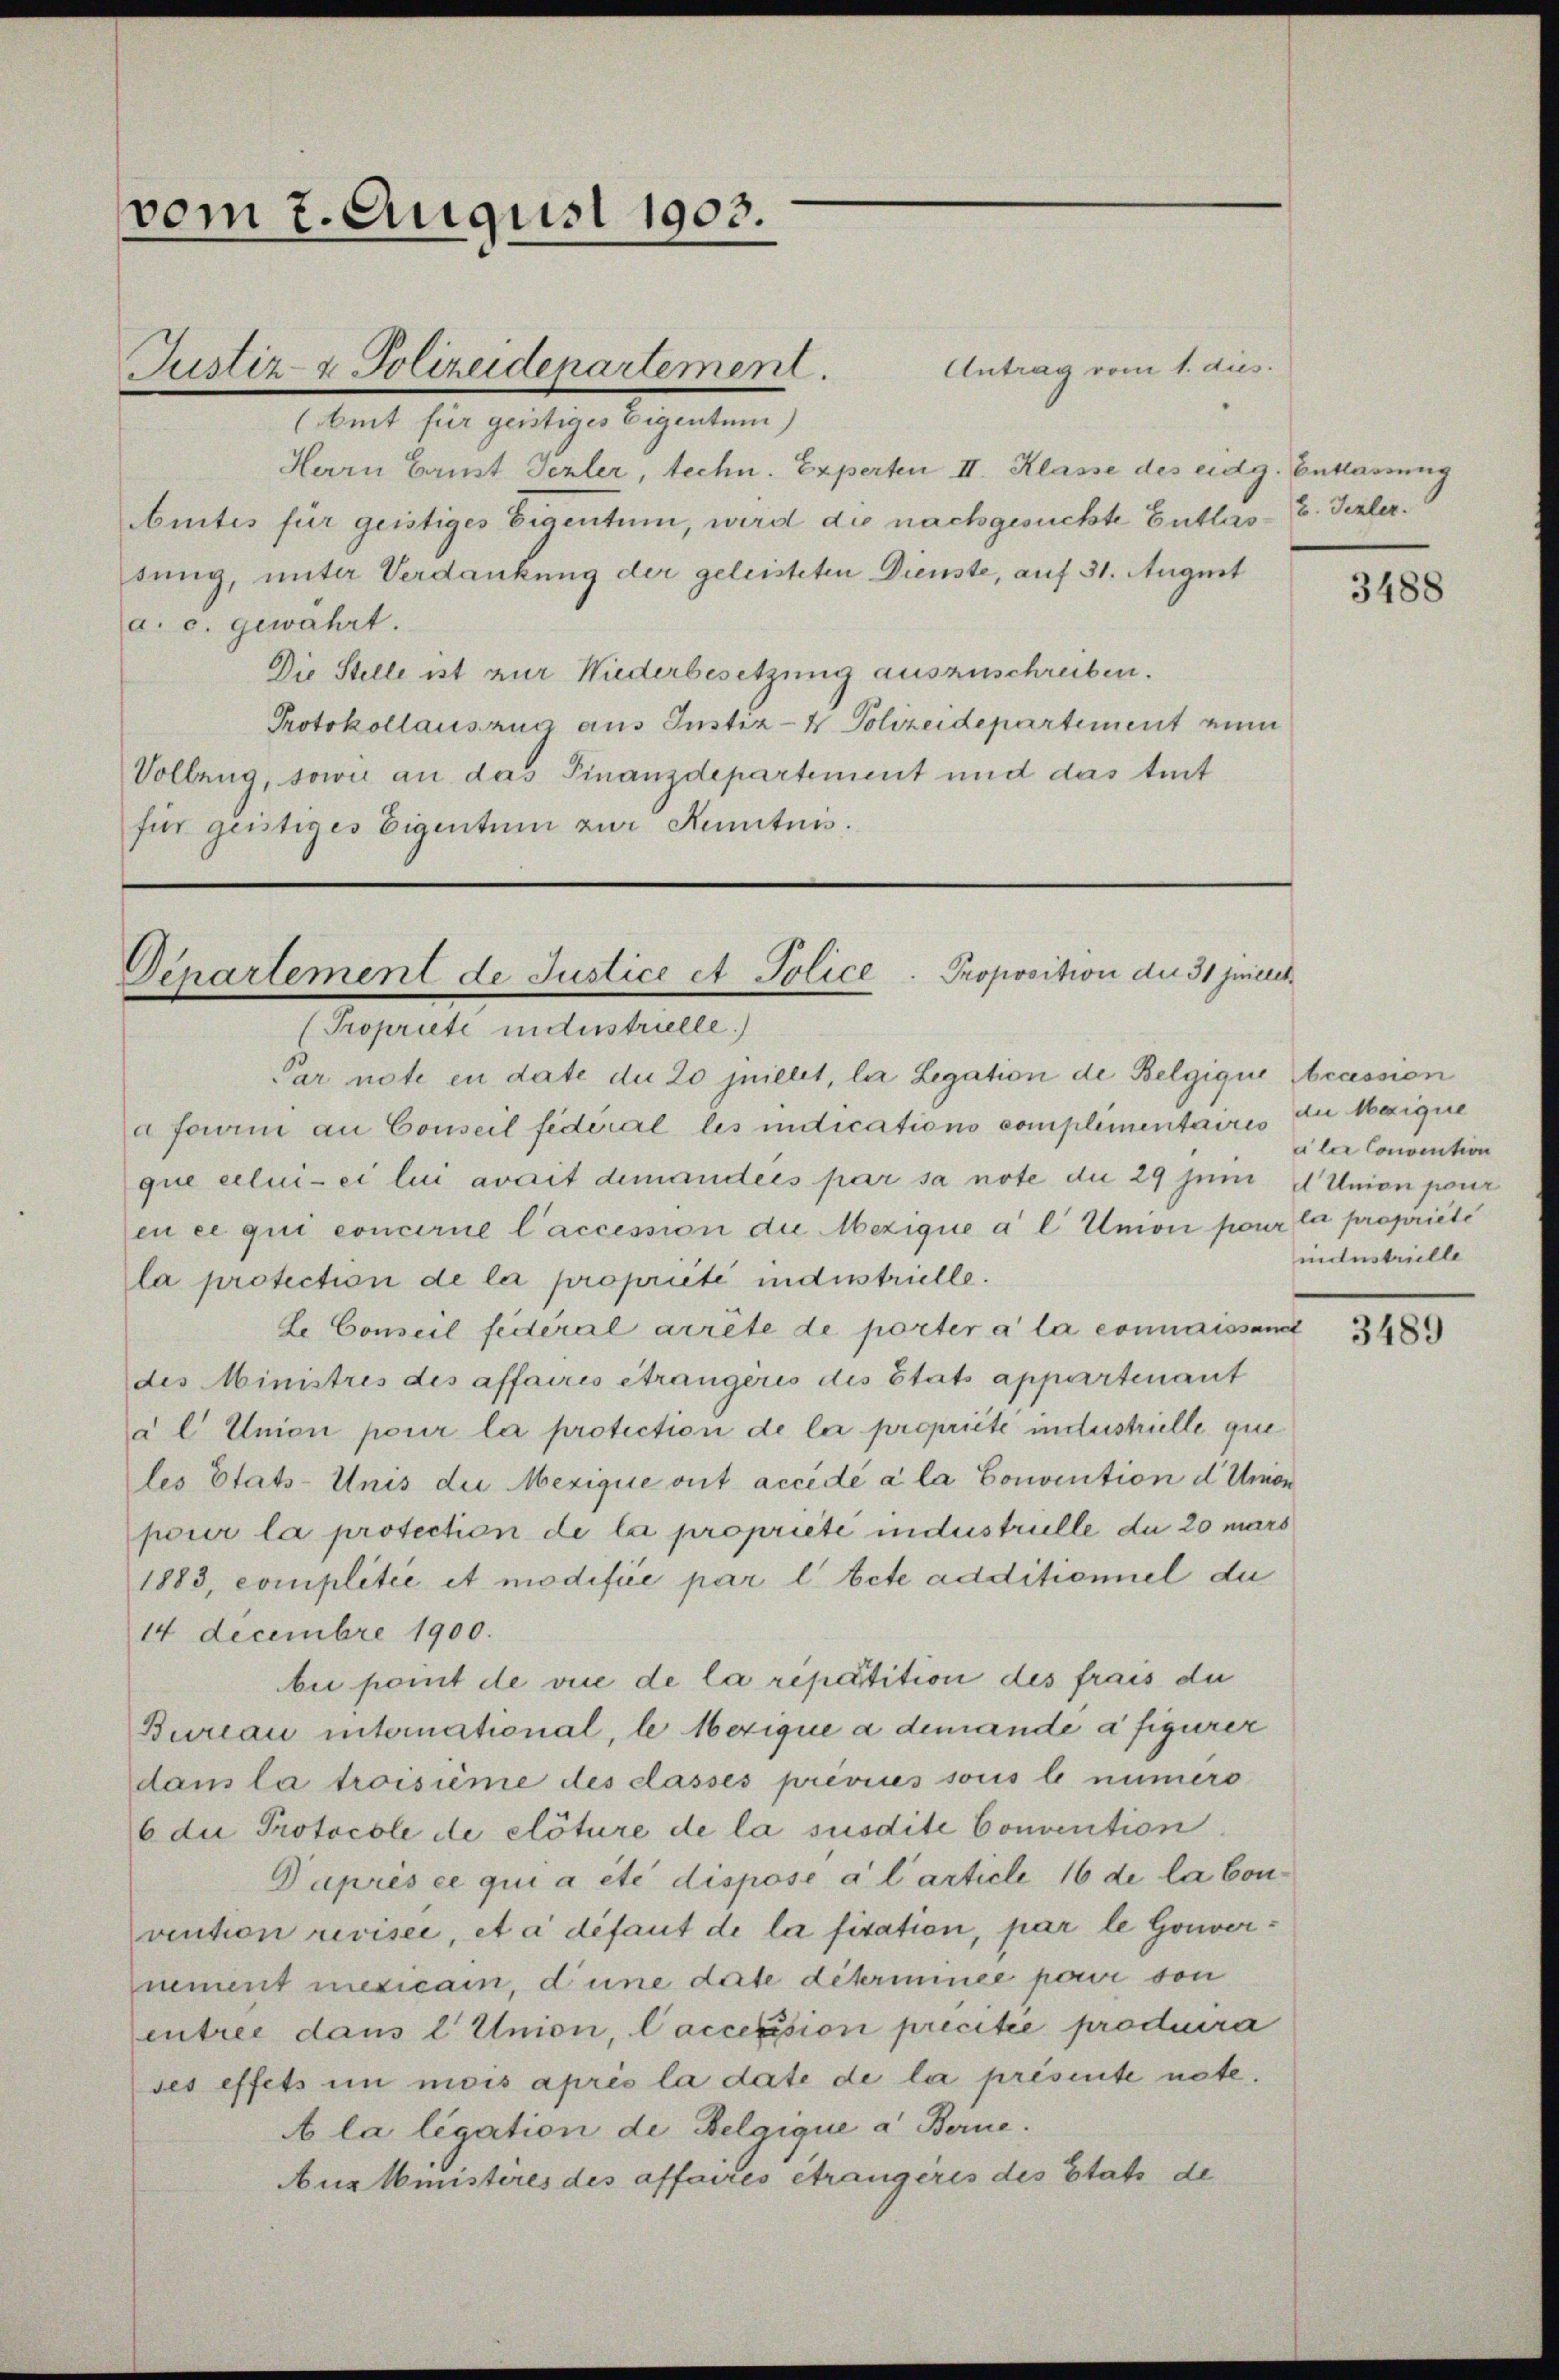
vom 7. August 1903.
Justiz- & Polizeidepartement.
(beit für geistiges Eigentum)

Antrag vom 1. dus.
Herrn Baust Tezler, techn. Experten II. Klasse des eidg. Entlassung
buites für geistiges Eigentum, wird die nachgesuchte Gutlas- 3. Texler.
sung, unter Verdankung der geleisteten Dienste, auf 31. August
a. c. gewährt.
Die Stelle ist zur Niederbesetzung auszuschreiben.
Protokollauszug aus Justiz- & Polizeidepartement zum
Vollzug, sowie an das Finanzdepartement und das trit
für geistiges Eigentum zur Kuntnis.
Par note in date du 20 jnillet, le Legation de Belgique cassion
a Form an Conseil fédéral les indications complimentaires zu Mezique
que celui-ci lui avait demandées par sa note die 29 Juni AUnion pour
en ce qui concerne l’accession die Mezique a l Union pour la propriété
la protection de la propriété industrielle.
le Conseil fédéral arrête de porter a la connaissandt
des Ministris des affaires étrangeris des Etats appartenant
al Union pour la protection de le propriété industrielle que
les Etats-Unis der Mezique ont accédé a la Convention d. Union
pour la protection de la propriété industrielle du 20 mars
1883, complitée et modifice par l. bete additioniel du
14 Decembre 1900.
bii point de vice de la ripartition des frais du
Bureau international, le bezique a demande à figurer
dans la troisième des classes priviles sous b numero
6 du Protocole de clôture de la susdite Convention
Duprès ce qui a été dispose à l’article 16 de la bonvention revisée, et à défaut de la fisation, par le Gouvernement mexicain, d’une date déterminée par von
entree dans l Union, Caccession precitie produira
ses effets in mois après la date de la présente note.
A la ligation de Belgique a Berne.
Aus Amistires des affaires étrangères des Etats de

Departement de Justice et Police Proposition der 31 jeneret
(Propriete indestrielle.)

3488

aler Convention
industrielle

3489